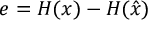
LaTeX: e = H ( x ) - H ( { \hat { x } } )